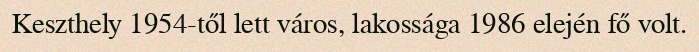
Keszthely 1954-től lett város, lakossága 1986 elején fő volt.